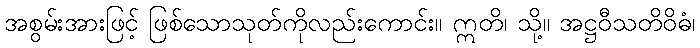
အစွမ်းအားဖြင့် ဖြစ်သောသုတ်ကိုလည်းကောင်း။ ဣတိ၊ သို့။ အဋ္ဌဝီသတိဝိဓံ၊